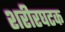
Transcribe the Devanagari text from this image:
शरीरघटक